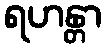
ရဟန္တာ